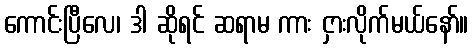
ကောင်းပြီလေ၊ ဒါ ဆိုရင် ဆရာမ ကား ငှားလိုက်မယ်နော်။